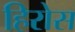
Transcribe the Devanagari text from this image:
हिरोस